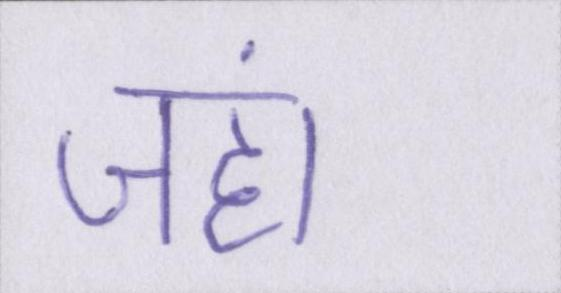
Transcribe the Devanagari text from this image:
जहां